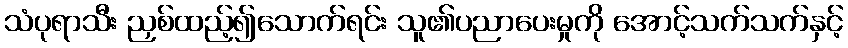
သံပုရာသီး ညှစ်ထည့်၍သောက်ရင်း သူ၏ပညာပေးမှုကို အောင့်သက်သက်နှင့်